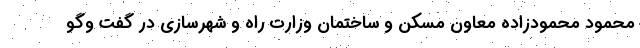
محمود محمودزاده معاون مسکن و ساختمان وزارت راه و شهرسازی در گفت وگو